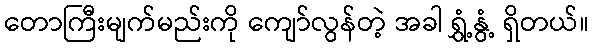
တောကြီးမျက်မည်းကို ကျော်လွန်တဲ့ အခါ ရွှံ့နွံ့ ရှိတယ်။